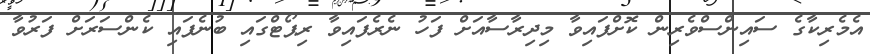
އެމެރިކާގެ ސައިންސްވެރިން ކޮށްފައިވާ މިދިރާސާއަށް ފަހު ނެރެފައިވާ ރިޕޯޓްގައި ބުނެފައި ކެންސަރަށް ފަރުވާ